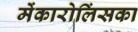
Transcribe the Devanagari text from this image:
मेंकारोलिंसका